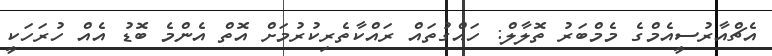
އެޗްއާރުސީއެމްގެ މެމްބަރު ތޮލާލް: ހައްގުތައް ރައްކާތެރިކުރުމަށް އޮތް އެންމެ ބޮޑު އެއް ހުރަހަކީ